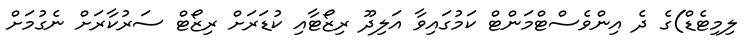
ލިމިޓެޑް)ގެ ދެ އިންވެސްޓްމަންޓް ކަމުގައިވާ އަލިދޫ ރިޒޯޓާއި ކުޑަރަށް ރިޒޯޓް ސަރުކާރަށް ނެގުމަށް